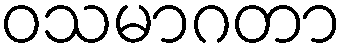
ဝသမာဂတာ